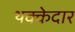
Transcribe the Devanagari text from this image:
थक्केदार